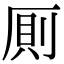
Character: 厠